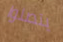
يتصلوا